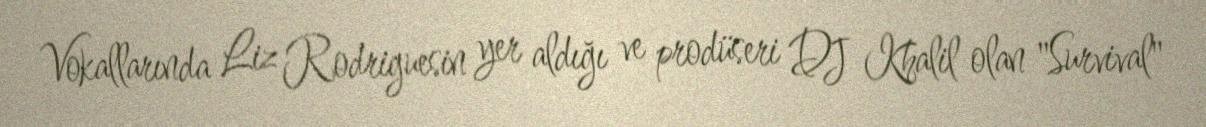
Vokallarında Liz Rodriguesin yer aldığı ve prodüseri DJ Khalil olan "Survival"